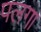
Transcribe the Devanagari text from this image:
पलगा